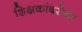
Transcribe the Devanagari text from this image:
शिक्षकांबरोबर